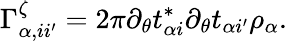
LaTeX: \Gamma_{\alpha,ii^{\prime}}^{\zeta}=2\pi\partial_{\theta}t_{\alpha i}^{*}\partial_{\theta}t_{\alpha i^{\prime}}\rho_{\alpha}.